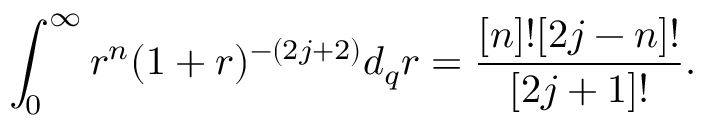
\int _ { 0 } ^ { \infty } r ^ { n } ( 1 + r ) ^ { - ( 2 j + 2 ) } d _ { q } r = \frac { [ n ] ! [ 2 j - n ] ! } { [ 2 j + 1 ] ! } .